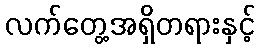
လက်တွေ့အရှိတရားနှင့်